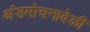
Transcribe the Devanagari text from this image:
अंडमोचनावेळी